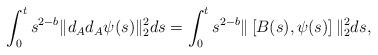
LaTeX: \begin{align*} \int_0^t s^{2-b} \| d_A d_A \psi(s)\|_2^2 ds &=\int_0^t s^{2-b} \|\, [B(s), \psi(s)]\,\|_2^2 ds, \end{align*}